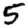
Digit: 5